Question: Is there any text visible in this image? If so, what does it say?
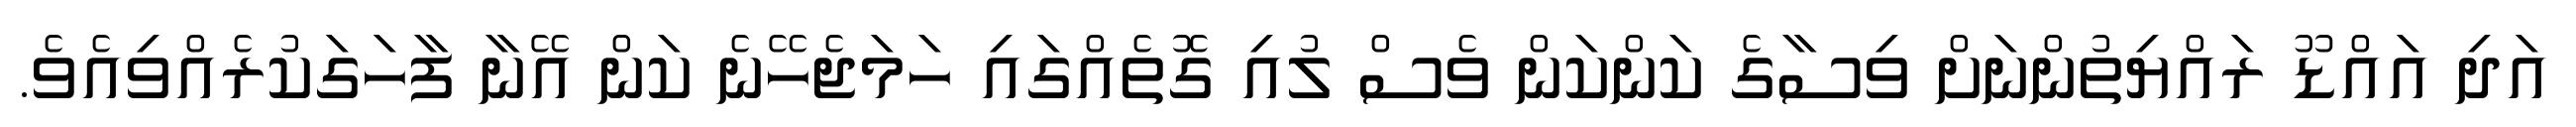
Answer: އަދި އައްޑޫ ރައްޔިތުންނަށް ވިސާގެ ކަންކަން ވެސް ލުއި ގޮތެއްގައި ހަމަޖެހޭނެ ކަން އޭނާ ފާހަގަކުރެއްވިއެވެ.